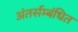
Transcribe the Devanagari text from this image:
अंतर्सम्बंधित